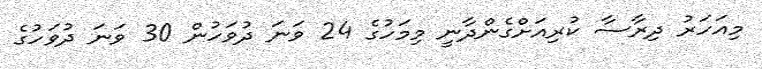
މިއަހަރު ދިރާސާ ކުރިއަށްގެންދާނީ މިމަހުގެ 24 ވަނަ ދުވަހުން 30 ވަނަ ދުވަހުގެ